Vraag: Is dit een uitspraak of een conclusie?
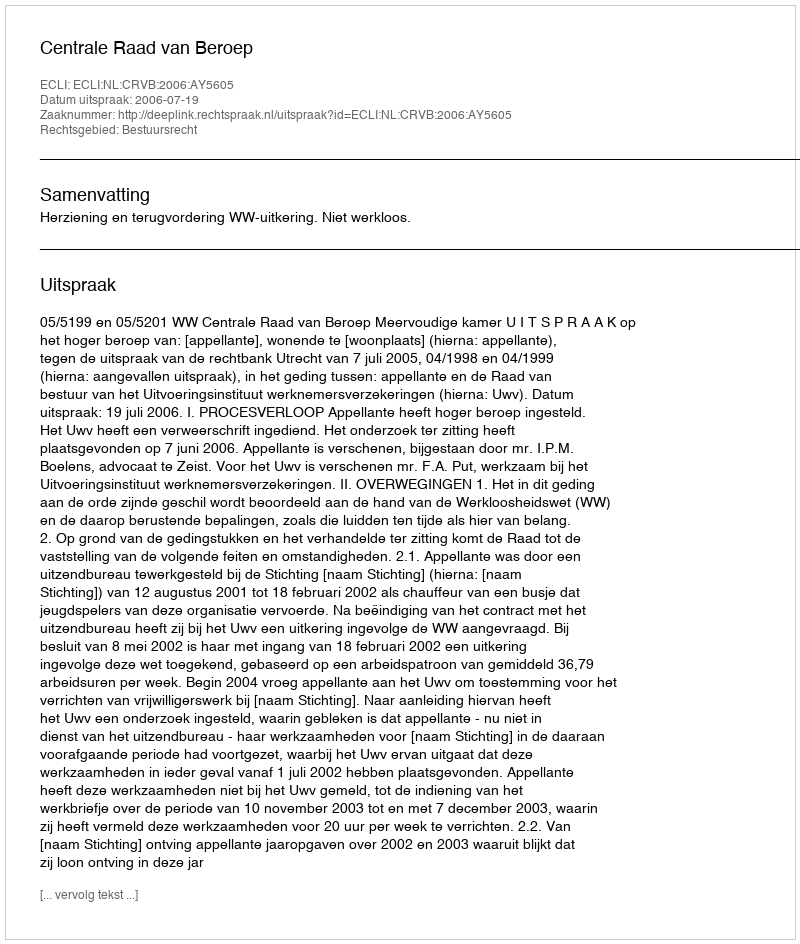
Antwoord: Uitspraak